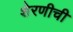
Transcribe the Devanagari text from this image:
शेरणीची